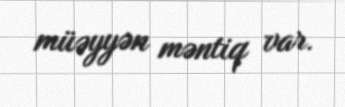
müəyyən məntiq var.